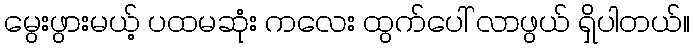
မွေးဖွားမယ့် ပထမဆုံး ကလေး ထွက်ပေါ် လာဖွယ် ရှိပါတယ်။